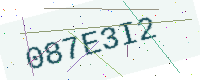
Text: 087E3I2